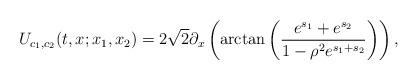
LaTeX: \begin{align*}U_{c_1,c_2}(t,x;x_1,x_2)=2\sqrt{2} \partial_x \left( \arctan \left( \frac{e^{s_1}+e^{s_2}}{1-\rho^2e^{s_1+s_2}}\right) \right),\end{align*}